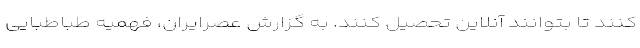
کنند تا بتوانند آنلاین تحصیل کنند. به گزارش عصرایران، فهمیه طباطبایی